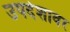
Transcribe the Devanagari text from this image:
उपदेशावर